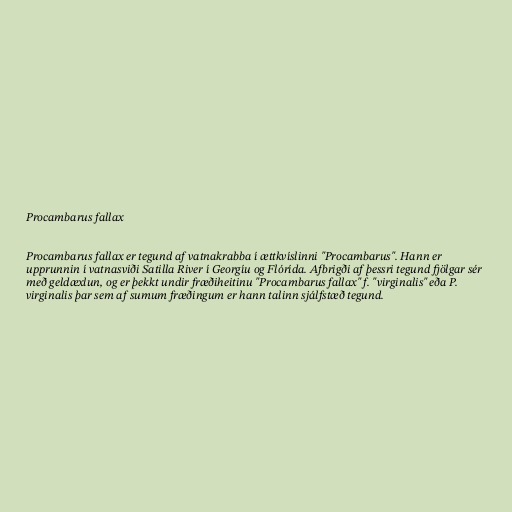
Procambarus fallax

Procambarus fallax er tegund af vatnakrabba í ættkvíslinni "Procambarus". Hann er
upprunnin í vatnasviði Satilla River í Georgíu og Flórída. Afbrigði af þessri tegund fjölgar sér
með geldæxlun, og er þekkt undir fræðiheitinu "Procambarus fallax" f. "virginalis" eða P.
virginalis þar sem af sumum fræðingum er hann talinn sjálfstæð tegund.